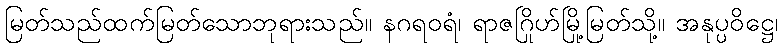
မြတ်သည်ထက်မြတ်သောဘုရားသည်။ နဂရဝရံ၊ ရာဇဂြိုဟ်မြို့မြတ်သို့။ အနုပ္ပဝိဋ္ဌေ၊